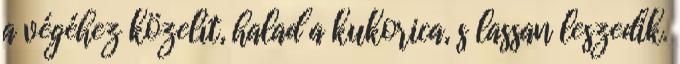
a végéhez közelít, halad a kukorica, s lassan leszedik.